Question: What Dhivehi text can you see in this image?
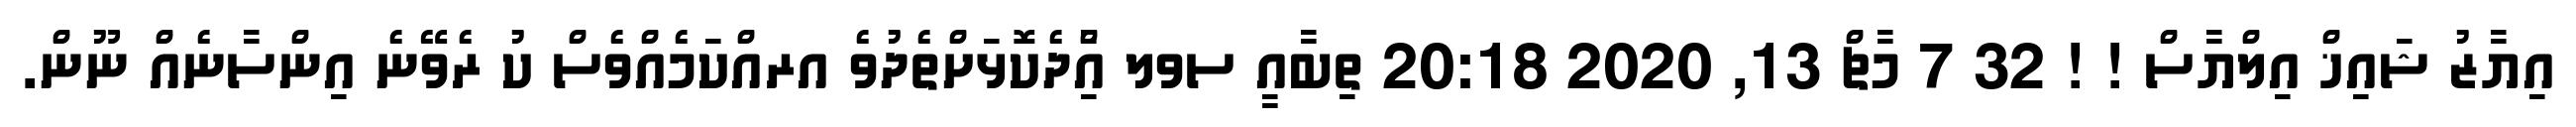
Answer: އިޔާޒު ޝައިޚް އިލްޔާސް ! ! 32 7 މާޗް 13, 2020 20:18 ތިބާއީ ސވލ އާްިދެކޮޅަށްތެދުވެ އރއްކަމެއްވެސް ކު ރެވޭނެ އިންސާނެއް ނޫން.